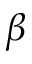
\beta